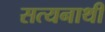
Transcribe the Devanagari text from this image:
सत्यनाथी